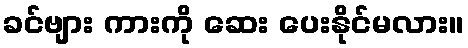
ခင်ဗျား ကားကို ဆေး ပေးနိုင်မလား။